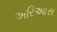
અરિઆસ